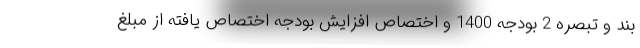
بند و تبصره 2 بودجه 1400 و اختصاص افزایش بودجه اختصاص یافته از مبلغ